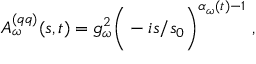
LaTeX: A _ { \omega } ^ { ( q q ) } ( s , t ) = g _ { \omega } ^ { 2 } \bigg ( - i { s / s _ { 0 } } \bigg ) ^ { \alpha _ { \omega } ( t ) - 1 } \ ,